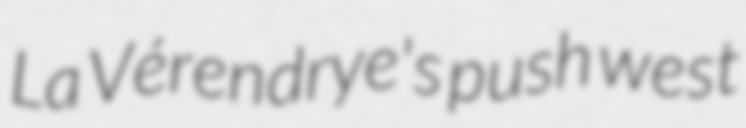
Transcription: La Vérendrye's push west